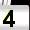
Digit: 4